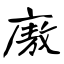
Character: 廒